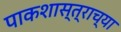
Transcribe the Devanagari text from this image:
पाकशास्त्राच्या